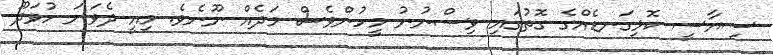
ސިޔާސީ ކޮޅިގަނޑެއްގެ ގޮތުގައި ވިސްނުނު މީހުންވެސް މަދެއް ނޫނެވެ. މިއީ ދެވަނަ ހުވަދޫ